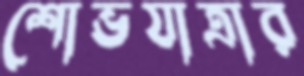
শোভযাত্রার